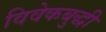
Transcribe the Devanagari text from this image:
विवेकबुद्धी